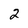
Character: 2